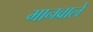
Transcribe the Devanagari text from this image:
मानवाले